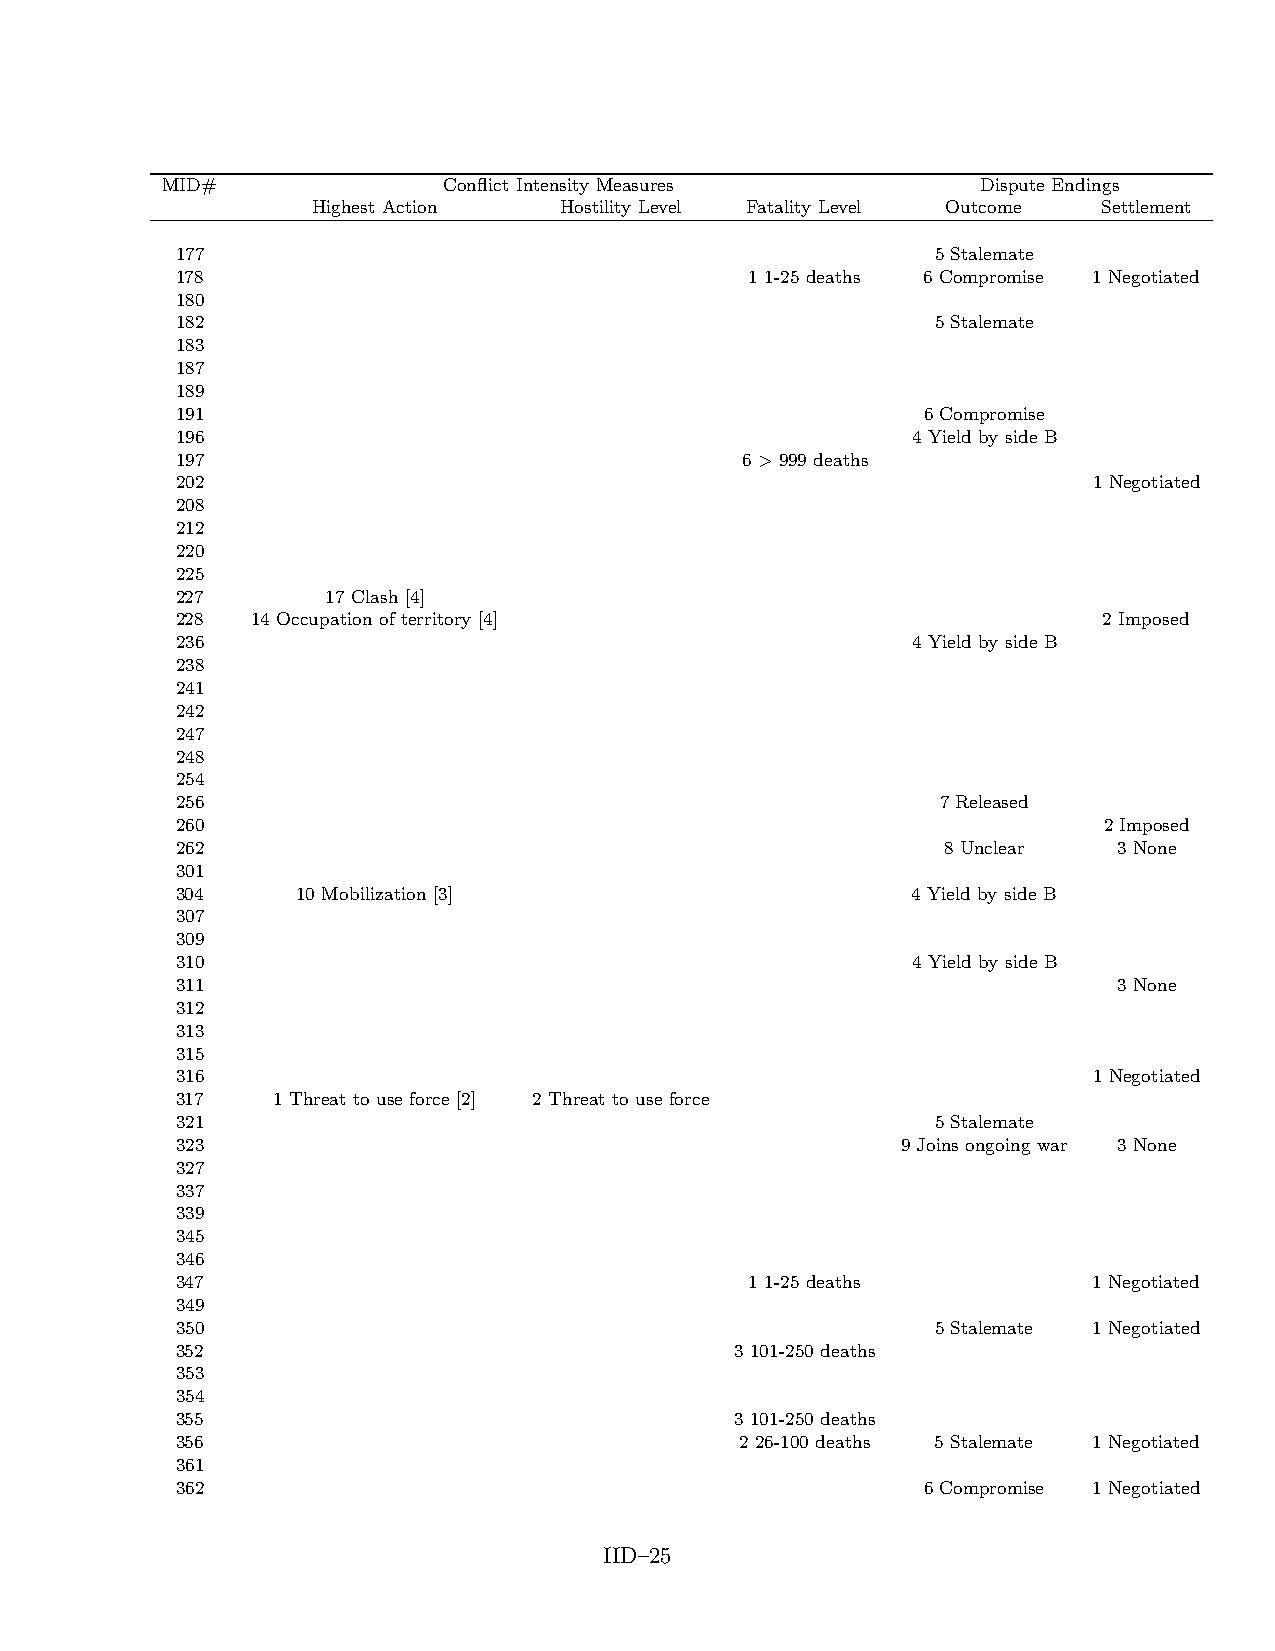
MID#              Conflict Intensity Measures         Dispute Endings
 Highest Action  Hostility Level Fatality Level Outcome Settlement
 177                                               5 Stalemate
 178                                   1 1-25 deaths 6 Compromise 1 Negotiated
 180
 182                                               5 Stalemate
 183
 187
 189
 191                                              6 Compromise
 196                                             4 Yield by side B
 197                                  6 > 999 deaths
 202                                                         1 Negotiated
 208
 212
 220
 225
 227       17 Clash [4]
 228  14 Occupation of territory [4]                          2 Imposed
 236                                             4 Yield by side B
 238
 241
 242
 247
 248
 254
 256                                               7 Released
 260                                                          2 Imposed
 262                                                8 Unclear  3 None
 301
 304     10 Mobilization [3]                     4 Yield by side B
 307
 309
 310                                             4 Yield by side B
 311                                                           3 None
 312
 313
 315
 316                                                         1 Negotiated
 317   1 Threat to use force [2] 2 Threat to use force
 321                                               5 Stalemate
 323                                             9 Joins ongoing war 3 None
 327
 337
 339
 345
 346
 347                                   1 1-25 deaths         1 Negotiated
 349
 350                                               5 Stalemate 1 Negotiated
 352                                  3 101-250 deaths
 353
 354
 355                                  3 101-250 deaths
 356                                  2 26-100 deaths 5 Stalemate 1 Negotiated
 361
 362                                              6 Compromise 1 Negotiated
 IID–25